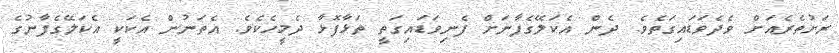
ރަށުތެރެއަށް ވެދެވަޑައިގަތެވެ. ދެން އެކަލޭގެފާނަށް ފެނިވަޑައިގަތީ ތަޅާފޮޅާ ދެމީހެކެވެ. އެތަނުން އެކަަކީ އެކަލޭގެފާނުގެ